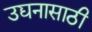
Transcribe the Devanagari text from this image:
उद्यनासाठी